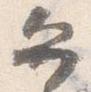
弁